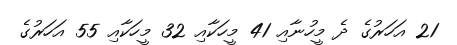
21 އަހަރުގެ ދެ މީހުނާއި 41 މީހަކާއި 32 މީހަކާއި 55 އަހަރުގެ